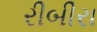
રીબીરા